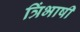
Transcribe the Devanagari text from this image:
त्रिंभाषी